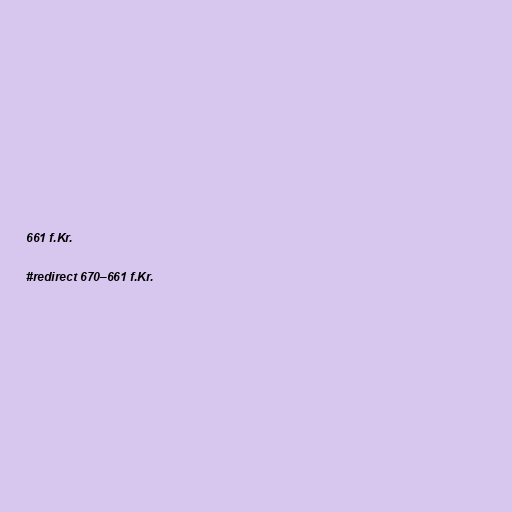
661 f.Kr.

#redirect 670–661 f.Kr.